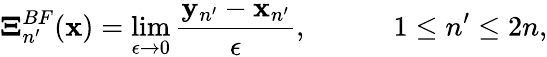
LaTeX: \boldsymbol{\Xi}_{n^{\prime}}^{BF}({\mathbf x})=\operatorname*{lim}_{\epsilon\to 0}\frac{{\mathbf y}_{n^{\prime}}-{\mathbf x}_{n^{\prime}}}{\epsilon},\quad\qquad 1\le n^{\prime}\le 2n,